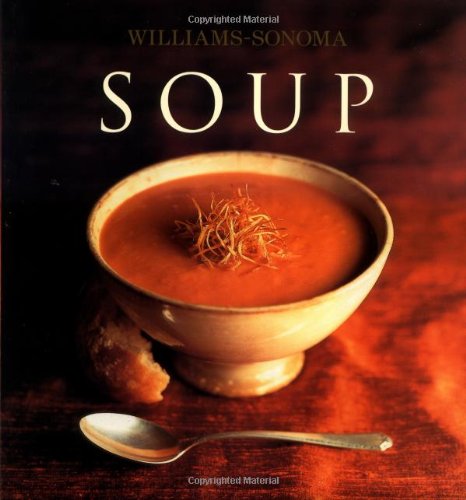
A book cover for Williams-Sonoma Collection: Soup; Diane Rossen Worthington; Cookbooks, Food & Wine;